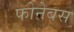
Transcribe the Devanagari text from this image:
फोनेबस